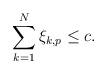
LaTeX: \begin{align*}\sum_{k=1}^N \xi_{k,p} \leq c.\end{align*}